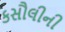
કસૌલીની